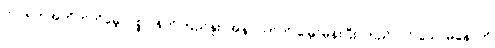
ဘဝရဲကအတိတ်ကိုမေ့၊ ပစ္စုပ္ပန်ကိုကြည်နူး၊ အနာဂတ်ကို မြှော်မှန်းပြီး ကြည်လင် သောမနောကို